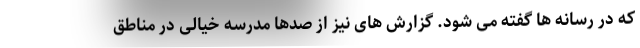
که در رسانه ها گفته می شود. گزارش های نیز از صدها مدرسه خیالی در مناطق